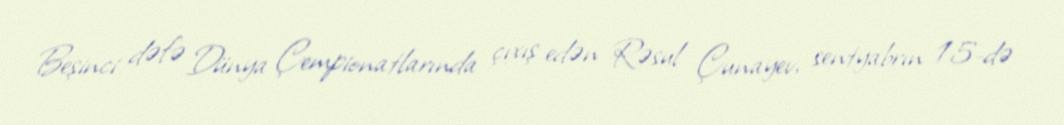
Beşinci dəfə Dünya Çempionatlarında çıxış edən Rəsul Çunayev, sentyabrın 15-də